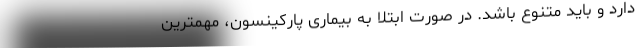
دارد و باید متنوع باشد. در صورت ابتلا به بیماری پارکینسون، مهمترین